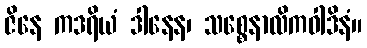
ဇိနေ ကဒရိယံ ဒါနေန၊ သစ္စေနာလိကဝါဒိနံ။